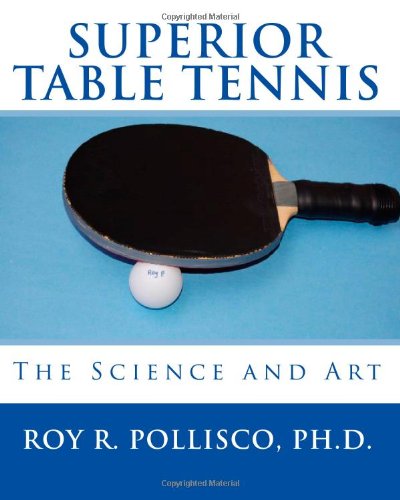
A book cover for Superior Table Tennis: The Science And Art; Roy R. Pollisco Ph.D.; Sports & Outdoors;